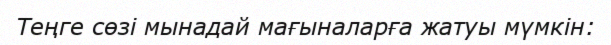
Теңге сөзі мынадай мағыналарға жатуы мүмкін: